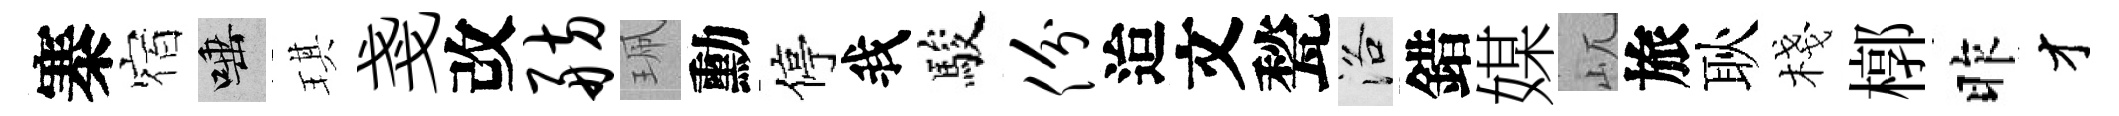
寨宿唾琪戔改舫珮勳停我駿份迨文甃洛錯媒屼旅耿棧槨昨才